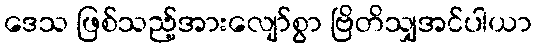
ဒေသ ဖြစ်သည့်အားလျော်စွာ ဗြိတိသျှအင်ပါယာ